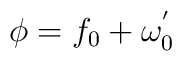
\phi = f_0 + \omega ^{'}_0